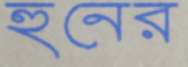
হুনের